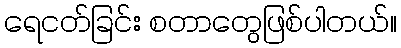
ရေငတ်ခြင်း စတာတွေဖြစ်ပါတယ်။